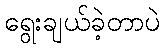
ရွေးချယ်ခဲ့တာပဲ